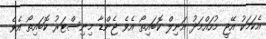
އެކަމަކު އޭޖީ މުހައްމަދު އަނިލް ކޮބައިތޯ އެވެ ޖެންޑާ މިިނިސްޓަރު ކޮބައިތޯ އެވެ